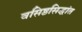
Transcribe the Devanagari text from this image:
वसिष्ठसिद्धांत